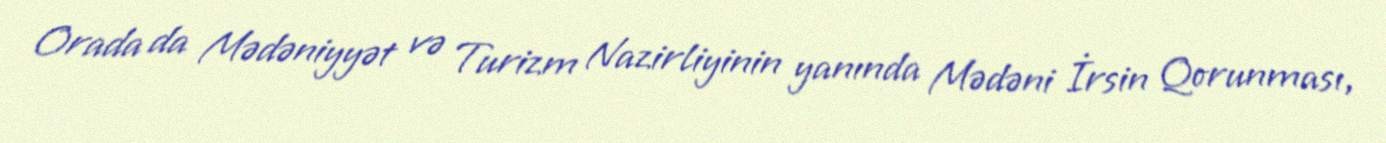
Orada da Mədəniyyət və Turizm Nazirliyinin yanında Mədəni İrsin Qorunması,